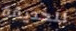
للحديقة